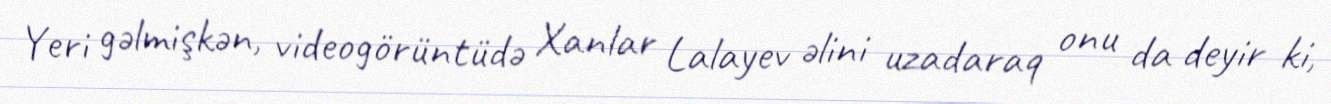
Yeri gəlmişkən, videogörüntüdə Xanlar Lalayev əlini uzadaraq onu da deyir ki,